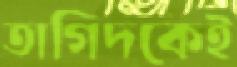
তাগিদকেই